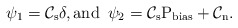
\begin{align*}\psi_1=\mathcal{C}_{\rm s}\delta, \rm{and}\,\,\, \psi_2=\mathcal{C}_{\rm s}P_{\rm bias}+\mathcal{C}_{\rm n}.\end{align*}